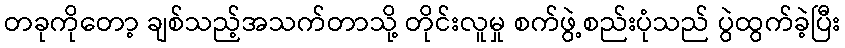
တခုကိုတော့ ချစ်သည့်အသက်တာသို့ တိုင်းလူမှု စက်ဖွဲ့စည်းပုံသည် ပွဲထွက်ခဲ့ပြီး